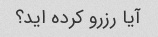
آیا رزرو کرده اید؟